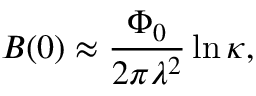
B ( 0 ) \approx { \frac { \Phi _ { 0 } } { 2 \pi \lambda ^ { 2 } } } \ln \kappa ,